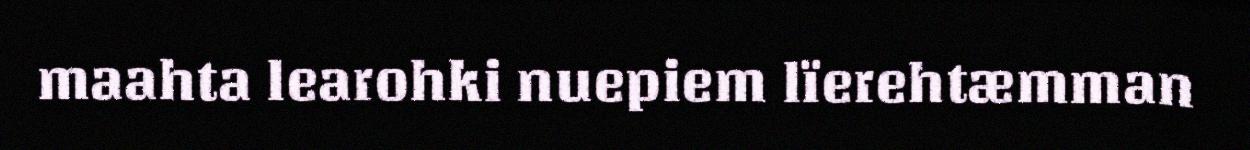
maahta learohki nuepiem lïerehtæmman